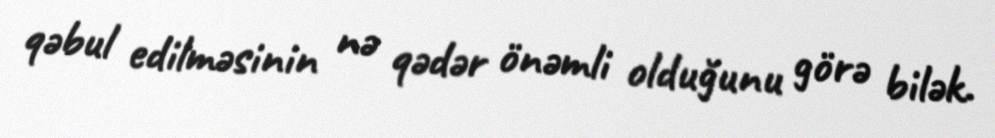
qəbul edilməsinin nə qədər önəmli olduğunu görə bilək.